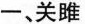
一、关雎